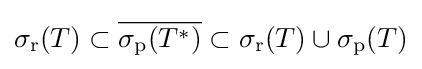
\sigma _{\mathrm {r} }(T)\subset {\overline {\sigma _{\mathrm {p} }(T^{*})}}\subset \sigma _{\mathrm {r} }(T)\cup \sigma _{\mathrm {p} }(T)